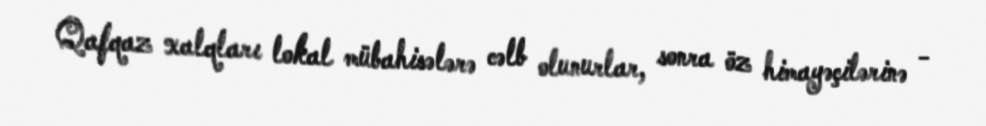
Qafqaz xalqları lokal mübahisələrə cəlb olunurlar, sonra öz himayəçilərinə -